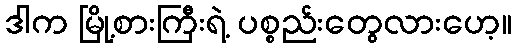
ဒါက မြို့စားကြီးရဲ့ ပစ္စည်းတွေလားဟေ့။